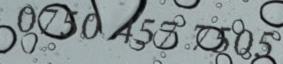
0750 457 7505